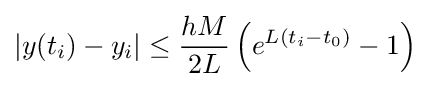
|y(t_{i})-y_{i}|\leq {\frac {hM}{2L}}\left(e^{L(t_{i}-t_{0})}-1\right)